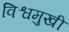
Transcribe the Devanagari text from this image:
विश्वमुखी